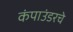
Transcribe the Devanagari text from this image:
कंपाउंडरचे